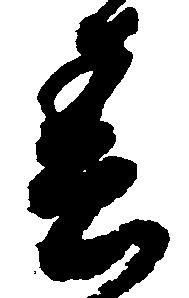
春